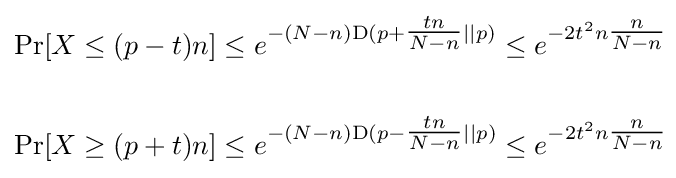
{\begin{aligned}\Pr[X\leq (p-t)n]&\leq e^{-(N-n){\text{D}}(p+{\tfrac {tn}{N-n}}||p)}\leq e^{-2t^{2}n{\tfrac {n}{N-n}}}\\\\\Pr[X\geq (p+t)n]&\leq e^{-(N-n){\text{D}}(p-{\tfrac {tn}{N-n}}||p)}\leq e^{-2t^{2}n{\tfrac {n}{N-n}}}\\\end{aligned}}\!